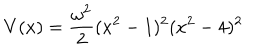
V ( x ) = { \frac { \omega ^ { 2 } } { 2 } } ( x ^ { 2 } - 1 ) ^ { 2 } ( x ^ { 2 } - 4 ) ^ { 2 }